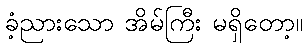
ခံ့ညားသော အိမ်ကြီး မရှိတော့။